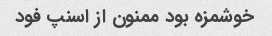
خوشمزه بود ممنون از اسنپ فود